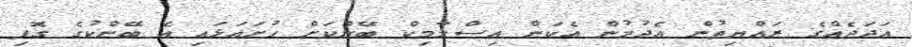
އަދަދެއްގެ ރައްޔިތުން އެދުމުން އެކަން އިސްލާމިކް ބޭންކަށް ހުށައަޅައި އެ ބޭންކުގެ ގޮފި